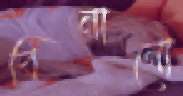
বিনানো